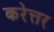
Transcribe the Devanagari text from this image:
करेत्तर